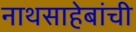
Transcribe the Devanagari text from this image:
नाथसाहेबांची